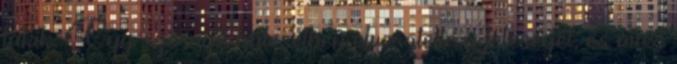
lakik. Egy szörnyű balesetben elvesztette a feleségét, és most